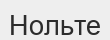
Нольте